Indian Medical Review
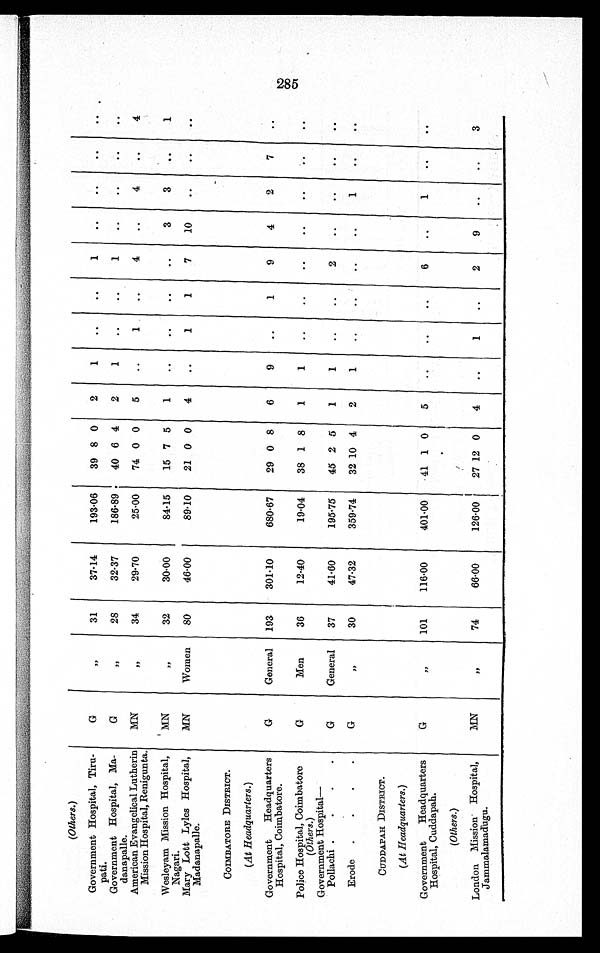
(Others.)
Government Hospital, Tiru-
pati.
G
,,
31
37.14
193.06
39 8 0
2
1
..
..
1
..
. .
..
..
Government Hospital, Ma-
danapalle.
G
, ,
28
32.37
186.89
40 6 4
2
1
. .
. .
1
. .
. .
. .
. .
American Evangelical Lutherin
Mission Hospital, Renigunta.
MN ,,
34
29.70
25.00
74 0 0
5
..
1
. .
4
..
4
..
4
Wesleyam Mission Hospital,
Nagari.
MN
,,
32
30.00
84.15
15 7 5
1
..
..
..
..
3
3
..
1
Mary Lott Lyles Hospital,
Madanapalle.
MN
Women
80
46.00
89.10
21 0 0
4
..
1
1
7
10
. .
. .
. .
COIMBATORE DISTRICT.
(At Headquarters .)
Government Headquarters
Hospital, Coimbatore.
G
General 193
301.10
680.67
29 0 8
6
9
..
1
9
4
2
7
..
Police Hospital, Coimbatore
G
Men
36
12.40
19.04
38 1 8
1
1
. .
. .
. .
. .
. .
. .
. .
(Others.)
..
Government Hospital
—
Pollachi
G
General
37
41.60
195.75
45 2 5
1
1
. .
. .
2
. .
. .
. .
. .
Erode
G
, ,
30
47.32
359.74
32
1 0 4
2
1
. .
. .
. .
. .
1
. .
. .
CUDDAPAH DISTRICT.
(At Headquarters.)
Government Headquarters
Hospital, Cuddapah.
G
,,
101
116.00
401.00
41 1 0
5
..
..
..
6
..
1
. .
. .
(Others.)
London Mission Hospi t al , Jammal amadugu.
MN
,,
74
66.00
126.00
27 12 0
4
..
1
..
2
9
. .
. . 3
285